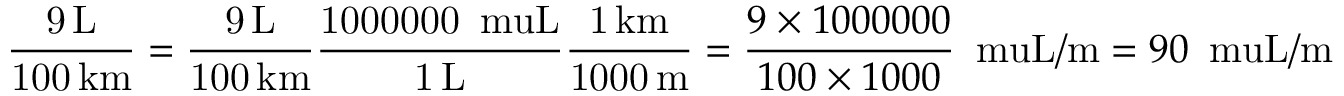
\mathrm { \frac { 9 \, \mathrm { { L } } } { 1 0 0 \, \mathrm { { k m } } } } = \mathrm { \frac { 9 \, \mathrm { { L } } } { 1 0 0 \, \mathrm { { k m } } } } \mathrm { \frac { 1 0 0 0 0 0 0 \, \mathrm { { \ m u L } } } { 1 \, \mathrm { { L } } } } \mathrm { \frac { 1 \, \mathrm { { k m } } } { 1 0 0 0 \, \mathrm { { m } } } } = { \frac { 9 \times 1 0 0 0 0 0 0 } { 1 0 0 \times 1 0 0 0 } } \, \mathrm { \ m u L / m } = 9 0 \, \mathrm { \ m u L / m }